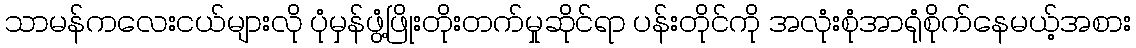
သာမန်ကလေးငယ်များလို ပုံမှန်ဖွံ့ဖြိုးတိုးတက်မှုဆိုင်ရာ ပန်းတိုင်ကို အလုံးစုံအာရုံစိုက်နေမယ့်အစား